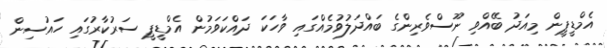
އެމްޑީޕީން މިއަދު ބޭއްވި ނޫސްވެރިންގެ ބައްދަލުވުމެއްގައި ވާހަކަ ދައްކަވަމުން އެމްޑީޕީ ސަރުކާރުގައި ހައުސިން